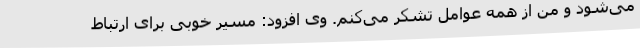
می‌شود و من از همه عوامل تشکر می‌کنم. وی افزود: مسیر خوبی برای ارتباط